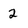
Character: 2